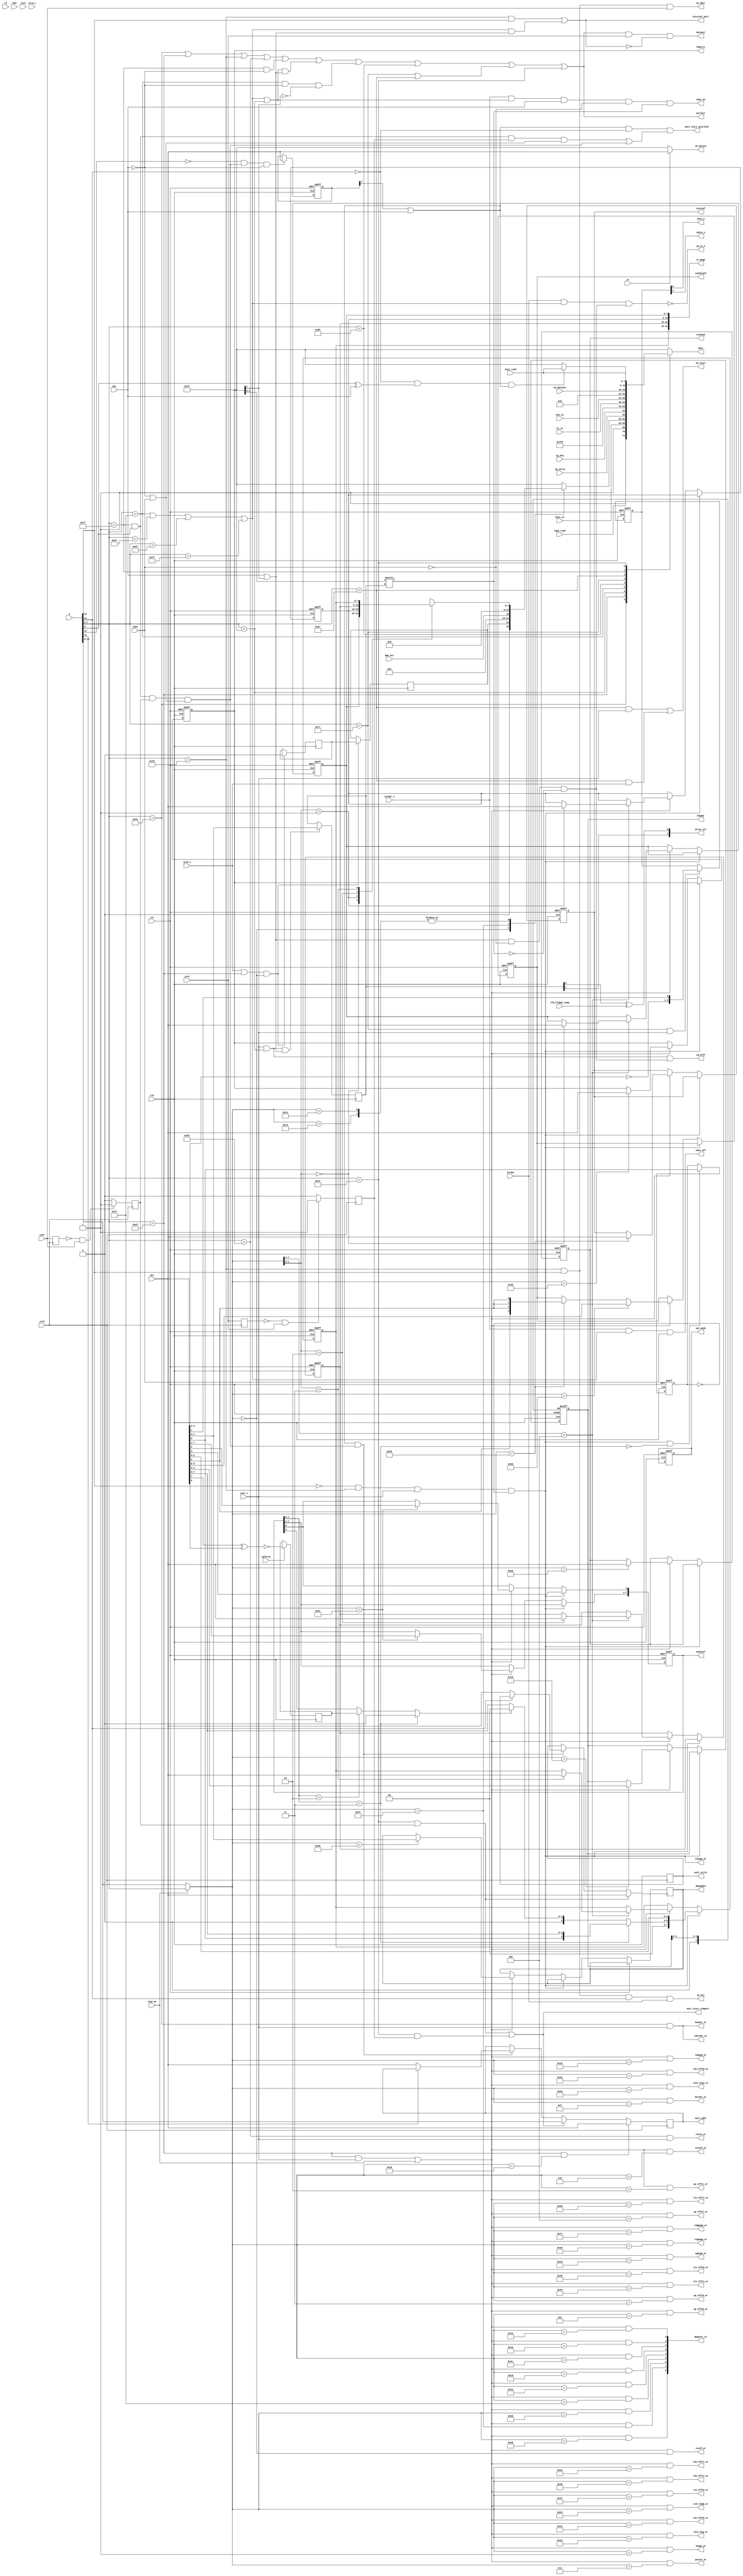
module zports
(
  input  wire        zclk,    // z80 clock
  input  wire        clk,

  input  wire [ 7:0] din,
  output reg  [ 7:0] dout,
  output wire        dataout,
  input  wire [15:0] a,

  input  wire        rst,     // system reset
  input  wire        opfetch,

  input  wire        rd,
  input  wire        wr,
  input  wire        rdwr,

  input  wire        iorq,
  input  wire        iorq_s,
  input  wire        iord,
  input  wire        iord_s,
  input  wire        iowr,
  input  wire        iowr_s,
  input  wire        iordwr,
  input  wire        iordwr_s,

  output wire        porthit,       // when internal port hit occurs, this is 1, else 0; used for iorq1_n iorq2_n on zxbus
  output wire        external_port, // asserts for AY and VG93 accesses

  output wire        zborder_wr,
  output wire        border_wr,
  output wire        zvpage_wr,
  output wire        vpage_wr,
  output wire        vconf_wr,
  output wire        gx_offsl_wr,
  output wire        gx_offsh_wr,
  output wire        gy_offsl_wr,
  output wire        gy_offsh_wr,
  output wire        t0x_offsl_wr,
  output wire        t0x_offsh_wr,
  output wire        t0y_offsl_wr,
  output wire        t0y_offsh_wr,
  output wire        t1x_offsl_wr,
  output wire        t1x_offsh_wr,
  output wire        t1y_offsl_wr,
  output wire        t1y_offsh_wr,
  output wire        tsconf_wr,
  output wire        palsel_wr,
  output wire        tmpage_wr,
  output wire        t0gpage_wr,
  output wire        t1gpage_wr,
  output wire        sgpage_wr,
  output wire        hint_beg_wr,
  output wire        vint_begl_wr,
  output wire        vint_begh_wr,

  output wire [31:0] xt_page,

  output reg [4:0]   fmaddr,
  input  wire        regs_we,

  output reg [7:0]   sysconf,
  output reg [7:0]   memconf,
  output reg [3:0]   cacheconf,
  input  wire        cfg_floppy_swap,
  output reg [7:0]   fddvirt,

`ifdef FDR
  output reg         fdr_en,
  output wire        fdr_cnt_lat,
  input wire [18:0]  fdr_cnt,

  output wire [9:0]  dmaport_wr,
`else
  output wire [8:0]  dmaport_wr,
`endif
  input  wire        dma_act,
  output reg [1:0]   dmawpdev,


  output reg [7:0]   intmask,

  input  wire        dos,
  input  wire        vdos,
  output  wire       vdos_on,
  output  wire       vdos_off,

  output wire        ay_bdir,
  output wire        ay_bc1,
  output wire        covox_wr,
  output wire        beeper_wr,

  input  wire        tape_read,

`ifdef IDE_HDD
  // IDE interface
  input  wire [15:0] ide_in,
  output wire [15:0] ide_out,
  output wire        ide_cs0_n,
  output wire        ide_cs1_n,
  output wire        ide_req,
  input  wire        ide_stb,
  input  wire        ide_ready,
  output reg         ide_stall,
`endif

  input  wire [ 4:0] keys_in, // keys (port FE)
  input  wire [ 7:0] mus_in,  // mouse (xxDF)

`ifdef KEMPSTON_8BIT
  input  wire [ 7:0] kj_in,
`else
  input  wire [ 4:0] kj_in,
`endif

  input  wire        vg_intrq,
  input  wire        vg_drq,  // from vg93 module - drq + irq read
  output wire        vg_cs_n,
  output wire        vg_wrFF,
  output wire [1:0]  drive_sel,    // disk drive selection

  // SPI
  output wire        sdcs_n,
  output wire        sd2cs_n,
`ifdef IDE_VDAC2
  output wire        ftcs_n,
`endif
  output reg         spi_mode,
  output wire        sd_start,
  output wire [ 7:0] sd_datain,
  input  wire [ 7:0] sd_dataout,

  // WAIT-ports related
  output reg  [ 7:0] wait_addr,
  output wire        wait_start_gluclock, // begin wait from some ports
  output wire        wait_start_comport,  //
  output reg  [ 7:0] wait_write,
  input  wire [ 7:0] wait_read
);

  //#nnAF
  localparam VCONF     = 8'h00;
  localparam VPAGE     = 8'h01;
  localparam GXOFFSL   = 8'h02;
  localparam GXOFFSH   = 8'h03;
  localparam GYOFFSL   = 8'h04;
  localparam GYOFFSH   = 8'h05;
  localparam TSCONF    = 8'h06;
  localparam PALSEL    = 8'h07;
  localparam XBORDER   = 8'h0F;

  localparam T0XOFFSL  = 8'h40;
  localparam T0XOFFSH  = 8'h41;
  localparam T0YOFFSL  = 8'h42;
  localparam T0YOFFSH  = 8'h43;
  localparam T1XOFFSL  = 8'h44;
  localparam T1XOFFSH  = 8'h45;
  localparam T1YOFFSL  = 8'h46;
  localparam T1YOFFSH  = 8'h47;

  localparam RAMPAGE   = 8'h10;  // this covers #10-#13
  localparam FMADDR    = 8'h15;
  localparam TMPAGE    = 8'h16;
  localparam T0GPAGE   = 8'h17;
  localparam T1GPAGE   = 8'h18;
  localparam SGPAGE    = 8'h19;
  localparam DMASADDRL = 8'h1A;
  localparam DMASADDRH = 8'h1B;
  localparam DMASADDRX = 8'h1C;
  localparam DMADADDRL = 8'h1D;
  localparam DMADADDRH = 8'h1E;
  localparam DMADADDRX = 8'h1F;

  localparam SYSCONF   = 8'h20;
  localparam MEMCONF   = 8'h21;
  localparam HSINT     = 8'h22;
  localparam VSINTL    = 8'h23;
  localparam VSINTH    = 8'h24;
  localparam DMAWPD    = 8'h25;
  localparam DMALEN    = 8'h26;
  localparam DMACTRL   = 8'h27;
  localparam DMANUM    = 8'h28;
  localparam FDDVIRT   = 8'h29;
  localparam INTMASK   = 8'h2A;
  localparam CACHECONF = 8'h2B;
  localparam DMAWPA    = 8'h2D;

  localparam XSTAT     = 8'h00;
  localparam DMASTAT   = 8'h27;

`ifdef FDR
  localparam DMANUMH   = 8'h2C;
  localparam FRCTRL    = 8'h30;
  localparam FRCNT0    = 8'h30;
  localparam FRCNT1    = 8'h31;
  localparam FRCNT2    = 8'h32;
`endif

`ifdef FDR
  localparam FDR_VER = 1'b1;
`else
  localparam FDR_VER = 1'b0;
`endif

`ifdef IDE_VDAC
  localparam VDAC_VER = 3'h3;
`elsif IDE_VDAC2
  localparam VDAC_VER = 3'h7;
`else
  localparam VDAC_VER = 3'h0;
`endif

  localparam PORTFE = 8'hFE;
  localparam PORTFD = 8'hFD;
  localparam PORTXT = 8'hAF;
  localparam PORTF7 = 8'hF7;
  localparam COVOX  = 8'hFB;

`ifdef IDE_HDD
  localparam NIDE10 = 8'h10;
  localparam NIDE11 = 8'h11;
  localparam NIDE30 = 8'h30;
  localparam NIDE50 = 8'h50;
  localparam NIDE70 = 8'h70;
  localparam NIDE90 = 8'h90;
  localparam NIDEB0 = 8'hB0;
  localparam NIDED0 = 8'hD0;
  localparam NIDEF0 = 8'hF0;
  localparam NIDE08 = 8'h08;
  localparam NIDE28 = 8'h28;
  localparam NIDE48 = 8'h48;
  localparam NIDE68 = 8'h68;
  localparam NIDE88 = 8'h88;
  localparam NIDEA8 = 8'hA8;
  localparam NIDEC8 = 8'hC8;
  localparam NIDEE8 = 8'hE8;
`endif

  localparam VGCOM  = 8'h1F;
  localparam VGTRK  = 8'h3F;
  localparam VGSEC  = 8'h5F;
  localparam VGDAT  = 8'h7F;
  localparam VGSYS  = 8'hFF;

  localparam KJOY   = 8'h1F;
  localparam KMOUSE = 8'hDF;

  localparam SDCFG  = 8'h77;
  localparam SDDAT  = 8'h57;

  localparam COMPORT = 8'hEF;     // F8EF..FFEF - rs232 ports

  reg [2:0] spi_cs_n;
  reg pwr_up_reg;
  reg [7:0] rampage[0:3];
  wire gluclock_on;
  wire p7ffd_wr;

  assign sdcs_n = spi_cs_n[0];
  assign ftcs_n = spi_cs_n[1];
  assign sd2cs_n = spi_cs_n[2];

  wire open_vg;
  wire [7:0] loa = a[7:0];
  wire [7:0] hoa = regs_we ? a[7:0] : a[15:8];

  wire vg_port = (loa==VGCOM) || (loa==VGTRK) || (loa==VGSEC) || (loa==VGDAT);
  wire vgsys_port = (loa==VGSYS);

  assign porthit = ((loa==PORTFE) || (loa==PORTXT) || (loa==PORTFD) || (loa==COVOX)) || ((loa==PORTF7) && !dos)
`ifdef IDE_HDD
  || ide_all
`endif
  || ((vg_port || vgsys_port) && (dos || open_vg)) || ((loa==KJOY) && !dos && !open_vg) || (loa==KMOUSE) || ((loa==SDCFG) || (loa==SDDAT)) || (loa==COMPORT);

`ifdef IDE_HDD
  wire ide_all = ide_even || ide_port11;
  wire ide_even = (loa[2:0] == 3'b000) && (loa[3] != loa[4]);      // even ports
    wire ide_port11 = (loa==NIDE11);                  // 11
    wire ide_port10 = (loa==NIDE10);                  // 10
    wire ide_portc8 = (loa==NIDEC8);                  // C8
`endif

  assign external_port = ((loa==PORTFD) && a[15])        // AY
                      || (((loa==VGCOM) || (loa==VGTRK) || (loa==VGSEC) || (loa==VGDAT)) && (dos || open_vg));

  assign dataout = porthit && iord && (~external_port);

  // zclk-synchronous strobes
  reg iowr_reg;
  reg iord_reg;
  reg port_wr;
  reg port_rd;

  always @(posedge zclk)
  begin
    iowr_reg <= iowr;
    iord_reg <= iord;

    if (!iowr_reg && iowr)
      port_wr <= 1'b1;
    else
      port_wr <= 1'b0;

    if (!iord_reg && iord)
      port_rd <= 1'b1;
    else
      port_rd <= 1'b0;
  end

  // reading ports
  always @*
  begin
    case (loa)
    PORTFE:
      dout = {1'b1, tape_read, 1'b1, keys_in};

`ifdef IDE_HDD
    NIDE10,NIDE30,NIDE50,NIDE70,NIDE90,NIDEB0,NIDED0,NIDEF0,NIDE08,NIDE28,NIDE48,NIDE68,NIDE88,NIDEA8,NIDEC8,NIDEE8:
      dout = iderdeven;
    NIDE11:
      dout = iderdodd;
`endif

      PORTXT:
      begin
        case (hoa)
        XSTAT:
          dout = {1'b0, pwr_up_reg, FDR_VER, 2'b0, VDAC_VER};

        DMASTAT:
          dout = {dma_act, 7'b0};

        RAMPAGE + 8'd2, RAMPAGE + 8'd3:
          dout = rampage[hoa[1:0]];

`ifdef FDR
          FRCNT0:
            dout = fdr_cnt[7:0];

          FRCNT1:
            dout = fdr_cnt[15:8];

          FRCNT2:
            dout = {5'b0, fdr_cnt[18:16]};
`endif
          default:
            dout = 8'hFF;

        endcase
      end

    VGSYS:
      dout = {vg_intrq, vg_drq, 6'b111111};

    KJOY:
`ifdef KEMPSTON_8BIT
      dout = kj_in;
`else
      dout = {3'b000, kj_in};
`endif

    KMOUSE:
      dout = mus_in;

    SDCFG:
      dout = 8'h00; // always SD inserted, SD is in R/W mode
    SDDAT:
      dout = sd_dataout;

    PORTF7:
    begin
      if (!a[14] && (a[8] ^ dos) && gluclock_on) // $BFF7 - data i/o
        dout = wait_read;
        // dout = 8'h55;
      else // any other $xxF7 port
        dout = 8'hFF;
    end

    COMPORT:
    begin
      dout = wait_read; // $F8EF..$FFEF
    end

    default:
      dout = 8'hFF;
    endcase
  end

  // power-up
  // This bit is loaded as 1 while FPGA is configured and automatically reset to 0 after STATUS port reading
  reg pwr_up = 1'b1;
  always @(posedge clk)
    if (iord_s & (loa == PORTXT) & (hoa == XSTAT))
    begin
      pwr_up_reg <= pwr_up;
      pwr_up <= 1'b0;
    end

  wire portfe_wr = (loa==PORTFE) && iowr_s;
  assign beeper_wr = portfe_wr;
  assign covox_wr = (loa==COVOX) && iowr_s;
  wire portxt_wr = ((loa==PORTXT) && iowr_s) || regs_we;
  wire portxt_rd = (loa==PORTXT) && iord_s;

  assign xt_page = {rampage[3], rampage[2], rampage[1], rampage[0]};

  // writing ports
  assign dmaport_wr[0] = portxt_wr && (hoa == DMASADDRL);
  assign dmaport_wr[1] = portxt_wr && (hoa == DMASADDRH);
  assign dmaport_wr[2] = portxt_wr && (hoa == DMASADDRX);
  assign dmaport_wr[3] = portxt_wr && (hoa == DMADADDRL);
  assign dmaport_wr[4] = portxt_wr && (hoa == DMADADDRH);
  assign dmaport_wr[5] = portxt_wr && (hoa == DMADADDRX);
  assign dmaport_wr[6] = portxt_wr && (hoa == DMALEN);
  assign dmaport_wr[7] = portxt_wr && (hoa == DMACTRL);
  assign dmaport_wr[8] = portxt_wr && (hoa == DMANUM);
`ifdef FDR
  assign dmaport_wr[9] = portxt_wr && (hoa == DMANUMH);
`endif

  assign zborder_wr    = portfe_wr;
  assign border_wr     = (portxt_wr && (hoa == XBORDER));
  assign zvpage_wr     = p7ffd_wr;
  assign vpage_wr      = (portxt_wr && (hoa == VPAGE ));
  assign vconf_wr      = (portxt_wr && (hoa == VCONF ));
  assign gx_offsl_wr   = (portxt_wr && (hoa == GXOFFSL));
  assign gx_offsh_wr   = (portxt_wr && (hoa == GXOFFSH));
  assign gy_offsl_wr   = (portxt_wr && (hoa == GYOFFSL));
  assign gy_offsh_wr   = (portxt_wr && (hoa == GYOFFSH));
  assign t0x_offsl_wr  = (portxt_wr && (hoa == T0XOFFSL));
  assign t0x_offsh_wr  = (portxt_wr && (hoa == T0XOFFSH));
  assign t0y_offsl_wr  = (portxt_wr && (hoa == T0YOFFSL));
  assign t0y_offsh_wr  = (portxt_wr && (hoa == T0YOFFSH));
  assign t1x_offsl_wr  = (portxt_wr && (hoa == T1XOFFSL));
  assign t1x_offsh_wr  = (portxt_wr && (hoa == T1XOFFSH));
  assign t1y_offsl_wr  = (portxt_wr && (hoa == T1YOFFSL));
  assign t1y_offsh_wr  = (portxt_wr && (hoa == T1YOFFSH));
  assign tsconf_wr     = (portxt_wr && (hoa == TSCONF));
  assign palsel_wr     = (portxt_wr && (hoa == PALSEL));
  assign tmpage_wr     = (portxt_wr && (hoa == TMPAGE));
  assign t0gpage_wr    = (portxt_wr && (hoa == T0GPAGE));
  assign t1gpage_wr    = (portxt_wr && (hoa == T1GPAGE));
  assign sgpage_wr     = (portxt_wr && (hoa == SGPAGE));
  assign hint_beg_wr   = (portxt_wr && (hoa == HSINT ));
  assign vint_begl_wr  = (portxt_wr && (hoa == VSINTL));
  assign vint_begh_wr  = (portxt_wr && (hoa == VSINTH));
`ifdef FDR
  assign fdr_cnt_lat   = (portxt_rd && (hoa == FRCNT0));
`endif

  reg m1_lock128;

  wire lock128_2 = memconf[7:6] == 2'b10;     // mode 2
  wire lock128_3 = memconf[7:6] == 2'b11;     // mode 3
  wire lock128 = lock128_3 ? 1'b0 : (lock128_2 ? m1_lock128 : memconf[6]);

  always @(posedge clk) if (opfetch)
    m1_lock128 <= !(din[7] ^ din[6]);

  always @(posedge clk or posedge rst)
    if (rst)
    begin
      fmaddr[4] <= 1'b0;
      intmask <= 8'b1;
      fddvirt <= 8'b0;
      sysconf <= 8'h00;       // 3.5 MHz
      memconf <= 8'h04;       // no map
      cacheconf <= 4'h0;      // no cache

      rampage[0] <= 8'h00;
      rampage[1] <= 8'h05;
      rampage[2] <= 8'h02;
      rampage[3] <= 8'h00;

`ifdef FDR
      fdr_en <= 1'b0;
`endif
    end
    else 
    begin
    
    if (p7ffd_wr)
    begin
        memconf[0] <= din[4];
        rampage[3] <= {2'b0, lock128_3 ? {din[5], din[7:6]} : ({1'b0, lock128 ? 2'b0 : din[7:6]}), din[2:0]};
    end
    else
    if (portxt_wr)
    begin
      if (hoa[7:2] == RAMPAGE[7:2])
        rampage[hoa[1:0]] <= din;

      if (hoa == FMADDR)
        fmaddr <= din[4:0];

      if (hoa == SYSCONF)
      begin
        sysconf <= din;
          cacheconf <= {4{din[2]}};
      end

      if (hoa == DMAWPD)
        dmawpdev <= din[1:0];

      if (hoa == CACHECONF)
        cacheconf <= din[3:0];

      if (hoa == MEMCONF)
        memconf <= din;

      if (hoa == FDDVIRT)
        fddvirt <= din;

`ifdef FDR
      if (hoa == FRCTRL)
        fdr_en <= din[0];
`endif

      if (hoa == INTMASK)
        intmask <= din;
    end
  end

  // 7FFD port
  reg lock48;

  assign p7ffd_wr = !a[15] && (loa==PORTFD) && iowr_s && !lock48;

  always @(posedge clk or posedge rst)
    if (rst)
      lock48 <= 1'b0;
    else if (p7ffd_wr && !lock128_3)
      lock48 <= din[5];

  // AY control
  wire ay_hit = (loa==PORTFD) & a[15];
  assign ay_bc1  = ay_hit & a[14] & iordwr;
  assign ay_bdir = ay_hit & iowr;

  // VG93
  reg [1:0] drive_sel_raw;

  wire [3:0] fddvrt = fddvirt[3:0];
  wire virt_vg = fddvrt[drive_sel_raw];
  assign open_vg = fddvirt[7];
  assign drive_sel = {drive_sel_raw[1], drive_sel_raw[0] ^ cfg_floppy_swap};

  wire vg_wen = (dos || open_vg) && !vdos && !virt_vg;
  assign vg_cs_n = !(iordwr && vg_port && vg_wen);
  assign vg_wrFF = iowr_s && vgsys_port && vg_wen;
  wire vg_wrDS = iowr_s && vgsys_port && (dos || open_vg);

  assign vdos_on  = iordwr_s && (vg_port || vgsys_port) && dos && !vdos && virt_vg;
  assign vdos_off = iordwr_s && vg_port && vdos;

  // write drive number
  always @(posedge clk)
    if (vg_wrDS)
      drive_sel_raw <= din;

  // SD card (Z-controller compatible)
  wire sdcfg_wr;
  wire sddat_wr;
  wire sddat_rd;

  assign sdcfg_wr = (loa==SDCFG) && iowr_s;
  assign sddat_wr = (loa==SDDAT) && iowr_s;
  assign sddat_rd = (loa==SDDAT) && iord_s;

  // SDCFG write - sdcs_n control
  always @(posedge clk or posedge rst)
    if (rst)
    begin
      spi_cs_n <= 3'b111;
      spi_mode <= 1'b0;
    end
    else if (sdcfg_wr)
    begin
      spi_cs_n <= {~din[3:2], din[1]};
      // spi_mode <= din[7];
    end

  // start signal for SPI module with resyncing to fclk
  assign sd_start = sddat_wr || sddat_rd;

  // data for SPI module
  assign sd_datain = wr ? din : 8'hFF;

  // xxF7
  wire portf7_wr = ((loa==PORTF7) && (a[8]==1'b1) && port_wr && (!dos || vdos));
  wire portf7_rd = ((loa==PORTF7) && (a[8]==1'b1) && port_rd && (!dos || vdos));

  // EFF7 port
  reg [7:0] peff7;
  always @(posedge clk  or posedge rst)
    if (rst)
      peff7 <= 8'h00;
    else if (!a[12] && portf7_wr && !dos)   // #EEF7 in dos is not accessible
      peff7 <= din;

  // gluclock ports
  assign gluclock_on = peff7[7] || dos;        // in dos mode EEF7 is not accessible, gluclock access is ON in dos mode.

  // comports
  wire comport_wr   = ((loa == COMPORT) && port_wr);
  wire comport_rd   = ((loa == COMPORT) && port_rd);

  // write to wait registers
  always @(posedge zclk)
  begin
    // gluclocks
    if (gluclock_on && portf7_wr)
    begin
      if (!a[14]) // $BFF7 - data reg
        wait_write <= din;

      if (!a[13]) // $DFF7 - addr reg
        wait_addr <= din;
    end

    // com ports
    if (comport_wr) // $xxEF
      wait_write <= din;

    if (comport_wr || comport_rd)
      wait_addr <= a[15:8];

    if ((loa==PORTXT) && (hoa == DMAWPA))
      wait_addr <= din;
  end

  // wait from wait registers
  assign wait_start_gluclock = (gluclock_on && !a[14] && (portf7_rd || portf7_wr)); // $BFF7 - gluclock r/w
  assign wait_start_comport = (comport_rd || comport_wr);

`ifdef IDE_HDD
  // IDE ports
  // do NOT generate IDE write, if neither of ide_wrhi|lo latches set and writing to NIDE10
  wire ide_cs0 = ide_even && !ide_portc8;
  wire ide_cs1 = ide_portc8;
  wire ide_rd = rd && !(ide_rd_latch && ide_port10);
  wire ide_wr = wr && !(!ide_wrlo_latch && !ide_wrhi_latch && ide_port10);
  assign ide_req = iorq_s && ide_even && (ide_rd || ide_wr);
  assign ide_cs0_n = !ide_cs0;
  assign ide_cs1_n = !ide_cs1;

  always @(posedge clk)
    if (ide_req)
      ide_stall <= 1'b1;
    else if (ide_ready)
      ide_stall <= 1'b0;

  // control read & write triggers, which allow nemo-divide mod to work.
  // read trigger:
  reg ide_rd_trig;  // nemo-divide read trigger
  always @(posedge zclk)
  begin
    if (ide_port10 && port_rd && !ide_rd_trig)
      ide_rd_trig <= 1'b1;
    else if (ide_all && (port_rd || port_wr))
      ide_rd_trig <= 1'b0;
  end

  // two triggers for write sequence
  reg ide_wrlo_trig,  ide_wrhi_trig;  // nemo-divide write triggers
  always @(posedge zclk)
  if (ide_all && (port_rd || port_wr))
  begin
    if (ide_port11 && port_wr)
      ide_wrhi_trig <= 1'b1;
    else
      ide_wrhi_trig <= 1'b0;

    if (ide_port10 && port_wr && !ide_wrhi_trig && !ide_wrlo_trig)
      ide_wrlo_trig <= 1'b1;
    else
      ide_wrlo_trig <= 1'b0;
  end

  // normal read: #10(low), #11(high)
  // divide read: #10(low), #10(high)
  //
  // normal write: #11(high), #10(low)
  // divide write: #10(low),  #10(high)

  reg [15:0] idewrreg; // write register, either low or high part is pre-written here,
                        // while other part is out directly from Z80 bus
  always @(posedge zclk)
  begin
    if (port_wr && ide_port11)
      idewrreg[15:8] <= din;

    if (port_wr && ide_port10 && !ide_wrlo_trig)
      idewrreg[ 7:0] <= din;
  end

  // generate read cycles for IDE as usual, except for reading #10
  // instead of #11 for high byte (nemo-divide). I use additional latch
  // since 'ide_rd_trig' clears during second Z80 IO read cycle to #10
  reg ide_rd_latch; // to save state of trigger during read cycle
  always @*
    if (!rd)
      ide_rd_latch <= ide_rd_trig;

  reg ide_wrlo_latch, ide_wrhi_latch; // save state during write cycles
  always @*
    if (!wr)
    begin
      ide_wrlo_latch <= ide_wrlo_trig; // same for write triggers
      ide_wrhi_latch <= ide_wrhi_trig;
    end

  // data read by Z80 from IDE
  wire idein_lo_rd  = port_rd && ide_port10 && (!ide_rd_trig);                      // while high part is remembered here
  wire [7:0] iderdodd = iderdreg[15:8];                                               // read data from "odd" port (#11)
  wire [7:0] iderdeven = (ide_rd_latch && ide_port10) ? iderdreg[15:8] : iderdreg[7:0];  // to control read data from "even" ide ports (all except #11)
  // wire [7:0] iderdeven = (ide_rd_latch && ide_port10) ? idehiin[7:0] : ide_in[7:0];  // to control read data from "even" ide ports (all except #11)

  reg [15:0] iderdreg;
  // reg [7:0] idehiin;                  // IDE high part read register: low part is read directly to Z80 bus,
  always @(posedge clk)
    if (ide_stb)
      iderdreg <= ide_in;
    // if (idein_lo_rd)
      // idehiin <= ide_in[15:8];

  // data written to IDE from Z80
  wire [7:0] ideout1 = ide_wrhi_latch ? idewrreg[15:8] : din[ 7:0];
  wire [7:0] ideout0 = ide_wrlo_latch ? idewrreg[ 7:0] : din[ 7:0];
  assign ide_out = {ideout1, ideout0};
`endif

endmodule